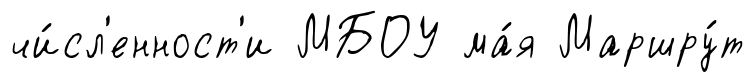
чи́сл'енност'и МБОУ ма́я Маршру́т